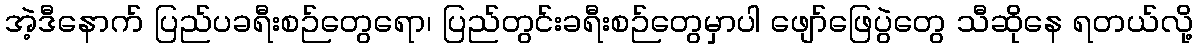
အဲ့ဒီနောက် ပြည်ပခရီးစဉ်တွေရော၊ ပြည်တွင်းခရီးစဉ်တွေမှာပါ ဖျော်ဖြေပွဲတွေ သီဆိုနေ ရတယ်လို့